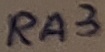
Text: RA3